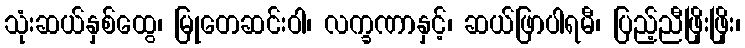
သုံးဆယ်နှစ်ထွေ၊ မြုတေဆင်းဝါ၊ လက္ခဏာနှင့်၊ ဆယ်ဖြာပါရမီ၊ ပြည့်ညီဖြိုးဖြိုး၊